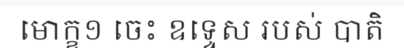
មោក្ខ១ ចេះ ឧទ្ទេស របស់ បាតិ